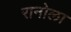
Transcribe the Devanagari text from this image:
रानोला